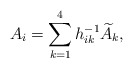
\begin{align*}A_i = \sum_{k=1}^4 h^{-1}_{ik} \widetilde{A}_k,\end{align*}